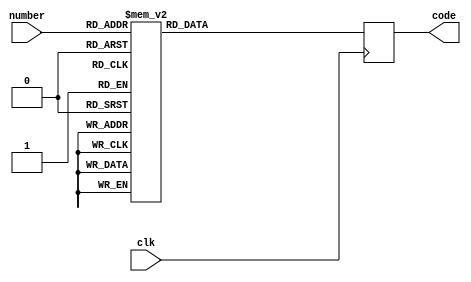
module ASCII_encoder( 
	input						clk,
	input 		[4:0]		number,
	output reg 	[7:0]		code
	);
	
	always @(posedge clk) begin
			case (number)
			5'd0: code <= 8'h30;
			5'd1: code <= 8'h31;
			5'd2: code <= 8'h32;
			5'd3: code <= 8'h33;
			5'd4: code <= 8'h34;
			5'd5: code <= 8'h35;
			5'd6: code <= 8'h36;
			5'd7: code <= 8'h37;
			5'd8: code <= 8'h38;
			5'd9: code <= 8'h39;
			5'd10: code <= 8'h41;
			5'd11: code <= 8'h42;
			5'd12: code <= 8'h43;
			5'd13: code <= 8'h44;
			5'd14: code <= 8'h45;
			5'd15: code <= 8'h46;
			5'd30: code <= 8'h0A;
			5'd31: code <= 8'h0D;
			default: code <= 8'h0D;
			endcase				
	end
	
endmodule